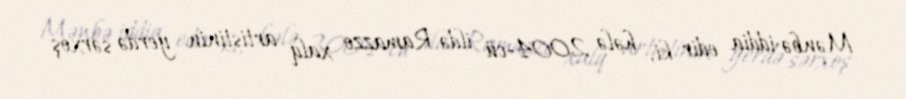
Mənbə iddia edir ki, hələ 2004-cü ildə Ramazzo xalq artistinin yerdə sərxoş